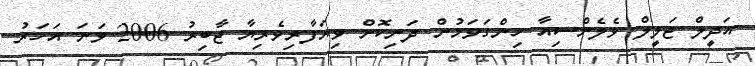
އަދީލް ޖަލީލް ވެލެންސިއާ ހިންގަވަމުން ދަނިކޮށް ވިޔަފާރިވެރިޔާ ޖާބިރު 2006 ވަނަ އަހަރު